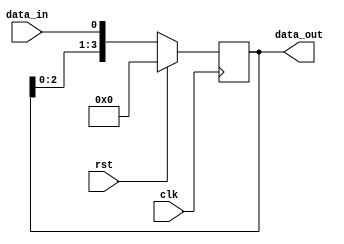
module shift_register (
    input wire clk,
    input wire rst,
    input wire data_in,
    output wire [3:0] data_out
);

reg [3:0] shift_reg;

always @(posedge clk) begin
    if (rst) begin
        shift_reg <= 4'b0000;
    end else begin
        shift_reg <= {shift_reg[2:0], data_in};
    end
end

assign data_out = shift_reg;

endmodule